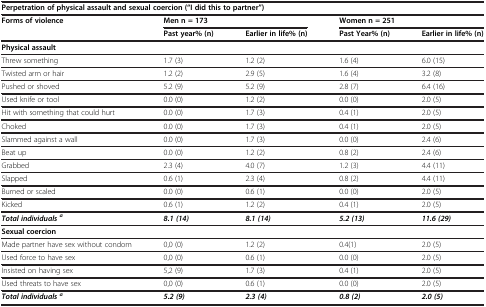
<table><thead><tr><td colspan="5"><b>Perpetration of physical assault and sexual coercion (“I did this to partner”)</b></td></tr><tr><td rowspan="2"><b>Forms of violence</b></td><td colspan="2"><b>Men n = 173</b></td><td colspan="2"><b>Women n = 251</b></td></tr><tr><td><b>Past year%(n)</b></td><td><b>Earlier in life%(n)</b></td><td><b>Past Year%(n)</b></td><td><b>Earlier in life%(n)</b></td></tr></thead><tbody><tr><td><b>Physical assault</b></td><td> </td><td> </td><td> </td><td> </td></tr><tr><td>Threw something</td><td>1.7 (3)</td><td>1.2 (2)</td><td>1.6 (4)</td><td>6.0 (15)</td></tr><tr><td>Twisted arm or hair</td><td>1.2 (2)</td><td>2.9 (5)</td><td>1.6 (4)</td><td>3.2 (8)</td></tr><tr><td>Pushed or shoved</td><td>5.2 (9)</td><td>5.2 (9)</td><td>2.8 (7)</td><td>6.4 (16)</td></tr><tr><td>Used knife or tool</td><td>0.0 (0)</td><td>1.2 (2)</td><td>0.0 (0)</td><td>2.0 (5)</td></tr><tr><td>Hit with something that could hurt</td><td>0.0 (0)</td><td>1.7 (3)</td><td>0.4 (1)</td><td>2.0 (5)</td></tr><tr><td>Choked</td><td>0.0 (0)</td><td>1.7 (3)</td><td>0.4 (1)</td><td>2.0 (5)</td></tr><tr><td>Slammed against a wall</td><td>0.0 (0)</td><td>1.7 (3)</td><td>0.0 (0)</td><td>2.4 (6)</td></tr><tr><td>Beat up</td><td>0.0 (0)</td><td>1.2 (2)</td><td>0.8 (2)</td><td>2.4 (6)</td></tr><tr><td>Grabbed</td><td>2.3 (4)</td><td>4.0 (7)</td><td>1.2 (3)</td><td>4.4 (11)</td></tr><tr><td>Slapped</td><td>0.6 (1)</td><td>2.3 (4)</td><td>0.8 (2)</td><td>4.4 (11)</td></tr><tr><td>Burned or scaled</td><td>0.0 (0)</td><td>0.6 (1)</td><td>0.0 (0)</td><td>2.0 (5)</td></tr><tr><td>Kicked</td><td>0.6 (1)</td><td>1.2 (2)</td><td>0.4 (1)</td><td>2.0 (5)</td></tr><tr><td><b><i>Total individuals</i></b><sup><b><i>a</i></b></sup></td><td><b><i>8.1 (14)</i></b></td><td><b><i>8.1 (14)</i></b></td><td><b><i>5.2 (13)</i></b></td><td><b><i>11.6 (29)</i></b></td></tr><tr><td><b>Sexual coercion</b></td><td> </td><td> </td><td> </td><td> </td></tr><tr><td>Made partner have sex without condom</td><td>0,0 (0)</td><td>1.2 (2)</td><td>0.4(1)</td><td>2.0 (5)</td></tr><tr><td>Used force to have sex</td><td>0,0 (0)</td><td>0.6 (1)</td><td>0.0 (0)</td><td>2.0 (5)</td></tr><tr><td>Insisted on having sex</td><td>5,2 (9)</td><td>1.7 (3)</td><td>0.4 (1)</td><td>2.0 (5)</td></tr><tr><td>Used threats to have sex</td><td>0,0 (0)</td><td>0.6 (1)</td><td>0.0 (0)</td><td>2.0 (5)</td></tr><tr><td><b><i>Total individuals</i></b><sup><b><i>a</i></b></sup></td><td><b><i>5.2 (9)</i></b></td><td><b><i>2.3 (4)</i></b></td><td><b><i>0.8 (2)</i></b></td><td><b><i>2.0 (5)</i></b></td></tr></tbody></table>